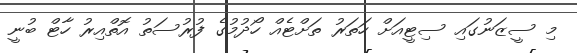
މި ސީޒަނުގައި ސިޓީއަށް ހަތަރު ތަށްޓެއް ހޯދުމުގެ ފުރުސަތު އޮތްއިރު ހާޓް ބުނީ